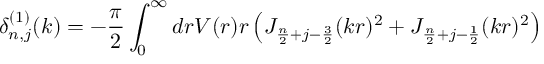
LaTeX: \delta _ { n , j } ^ { ( 1 ) } ( k ) = - \frac { \pi } { 2 } \int _ { 0 } ^ { \infty } d r V ( r ) r \left( J _ { \frac { n } { 2 } + j - \frac { 3 } { 2 } } ( k r ) ^ { 2 } + J _ { \frac { n } { 2 } + j - \frac { 1 } { 2 } } ( k r ) ^ { 2 } \right)